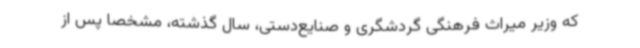
که وزیر میراث فرهنگی گردشگری و صنایع‌دستی، سال گذشته، مشخصاً پس از